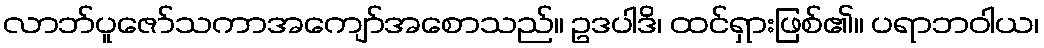
လာဘ်ပူဇော်သကာအကျော်အစောသည်။ ဥဒပါဒိ၊ ထင်ရှားဖြစ်၏။ ပရာဘဝါယ၊